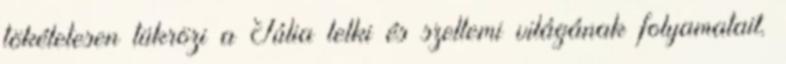
tökéletesen tükrözi a Júlia lelki és szellemi világának folyamatait.